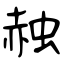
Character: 赨